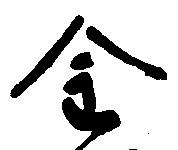
金